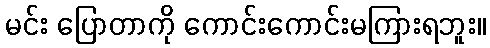
မင်း ပြောတာကို ကောင်းကောင်းမကြားရဘူး။